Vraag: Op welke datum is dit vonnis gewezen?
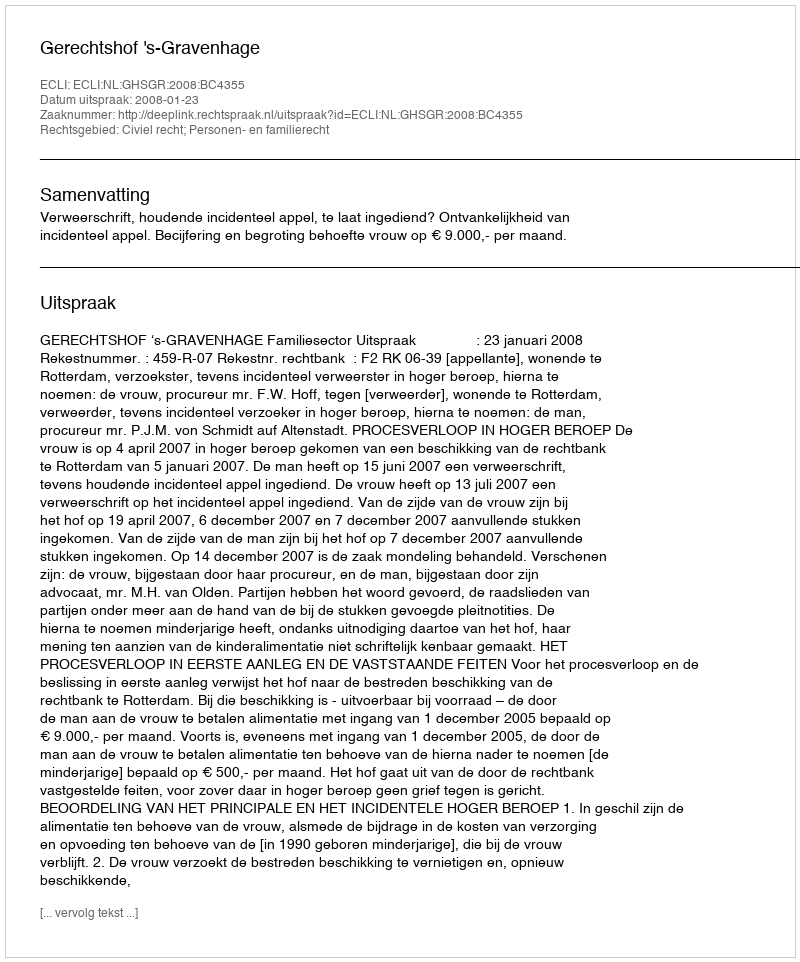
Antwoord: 2008-01-23